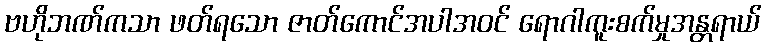
ဗဟိုဘဏ်ကသာ ဖတ်ရသော ဇာတ်ကောင်အပါအဝင် ရောဂါကူးစက်မှုအန္တရာယ်